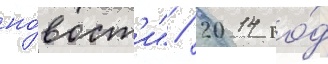
но́вост'и" / 2014 го́д